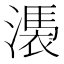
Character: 𣻴